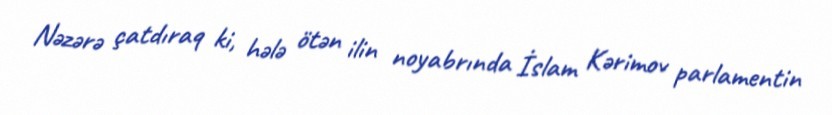
Nəzərə çatdıraq ki, hələ ötən ilin noyabrında İslam Kərimov parlamentin